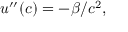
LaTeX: u ^ { \prime \prime } ( c ) = - \beta / c ^ { 2 } ,